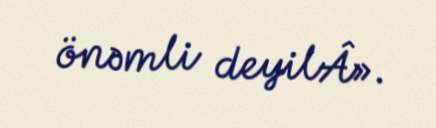
önəmli deyilÂ».